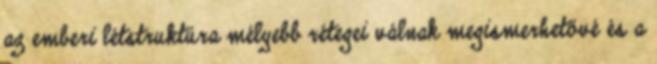
az emberi létstruktúra mélyebb rétegei válnak megismerhetővé és a